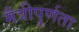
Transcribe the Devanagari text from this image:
मैत्रीपूर्णता